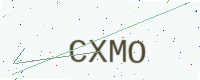
Text: CXMO